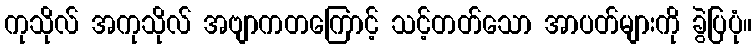
ကုသိုလ် အကုသိုလ် အဗျာကတကြောင့် သင့်တတ်သော အာပတ်များကို ခွဲပြပုံ။